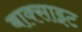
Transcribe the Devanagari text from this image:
बाक्‍साइट